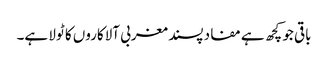
باقی جو کچھ ہے مفاد پسند مغربی آلاکاروں کا ٹولا ہے۔